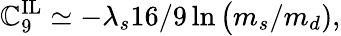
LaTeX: \mathbb{C}_{9}^{\mathrm{{IL}}}\simeq-\lambda_{s}16/9\ln\big(m_{s}/m_{d}),